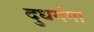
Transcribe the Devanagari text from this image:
दुधगंगा